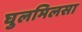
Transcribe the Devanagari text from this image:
घुलमिलसा